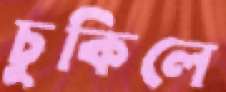
চুকিলে